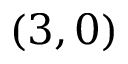
( 3 , 0 )